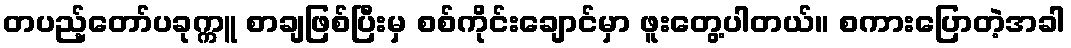
တပည့်တော်ပခုက္ကူ စာချဖြစ်ပြီးမှ စစ်ကိုင်းချောင်မှာ ဖူးတွေ့ပါတယ်။ စကားပြောတဲ့အခါ